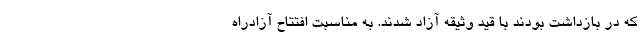
که در بازداشت بودند با قید وثیقه آزاد شدند. به مناسبت افتتاح آزادراه